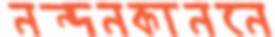
নন্দনকাননে